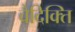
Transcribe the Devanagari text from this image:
वैदिक्ति